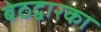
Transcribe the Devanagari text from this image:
बेठद्वारका